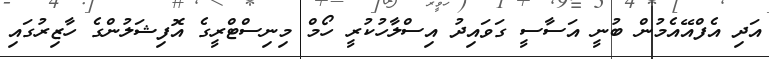
އަދި އެފްއޭއެމުން ބުނީ އަސާސީ ގަވައިދު އިސްލާހުކުރީ ހޯމް މިނިސްޓްރީގެ އޮފިޝަލުންގެ ހާޒިރުގައި